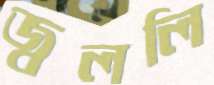
জ্বললি